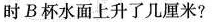
时B杯水面上升了几厘米?